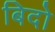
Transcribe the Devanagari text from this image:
बिदो